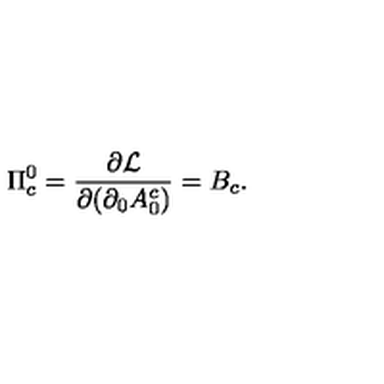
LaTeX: \Pi _ { c } ^ { 0 } = \frac { \partial { \cal { L } } } { \partial ( \partial _ { 0 } A _ { 0 } ^ { c } ) } = B _ { c } .